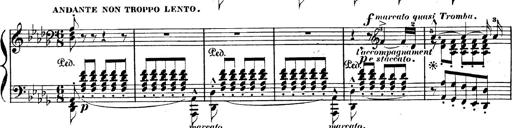
Title: BÃ©nÃ©diction et serment
Composer: Franz Liszt